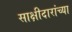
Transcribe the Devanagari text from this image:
साक्षीदारांच्या